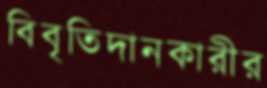
বিবৃতিদানকারীর